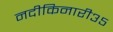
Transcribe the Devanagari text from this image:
नदीकिनारी३५